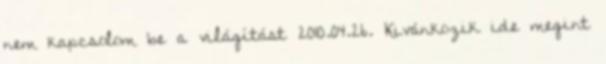
nem kapcsolom be a világítást 2010.04.26. Kivánkozik ide megint